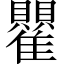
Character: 𬯵